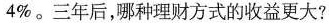
4%。三年后，哪种理财方式的收益更大?